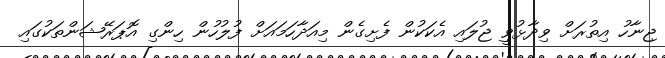
ޖިނާހު އިތުރަށް ވިދާޅުވީ ޖުލައި އެކަކުން ފެށިގެން މިއަދާހަމައަށް ފުލުހުން ހިންގި އޮޕަރޭޝަންތަކުގައި